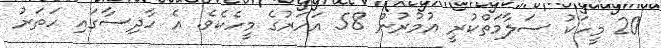
20 މީހަކު ސަލާމަތްކުރީ އުމުރުން 58 އަހަރުގެ މީހެކެވެ. އެ ހާދިސާގައި ހަތަރު